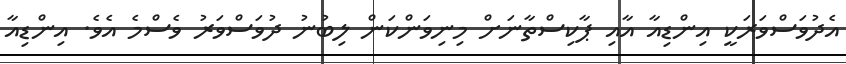
އެދުވަސްވަރަކީ އިންޑިއާ އާއި ޕާކިސްތާނަށް މިނިވަންކަން ލިބުނު ދުވަސްވަރު ވެސްމެ އެވެ. އިންޑިއާ